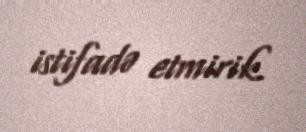
istifadə etmirik.